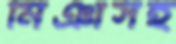
মিঞাসহ